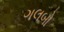
ગલબો